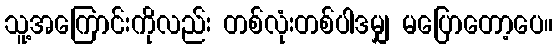
သူ့အကြောင်းကိုလည်း တစ်လုံးတစ်ပါဒမျှ မပြောတော့ပေ။